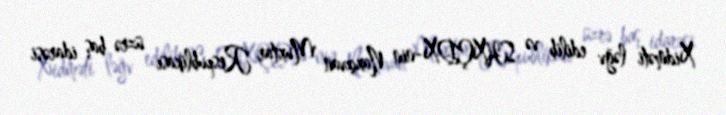
Xidməti ləğv edilib və SHXÇDX-nin Naxçıvan Muxtar Respublikası üzrə baş idarəsi